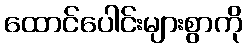
ထောင်ပေါင်းများစွာကို